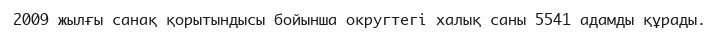
2009 жылғы санақ қорытындысы бойынша округтегі халық саны 5541 адамды құрады.